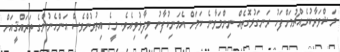
މަޝްވަރާކުރެއްޗުމަށްފަހު ރަނގަޅުގޮތެއް ނިންމަވާނެ ކަމަށް އެމަނިކުފާނު ވިދާޅުވިއެވެ. މީގެ އިތުރުންވެސް އަންހެނުންގެ ތަރައްޤީއަށް